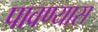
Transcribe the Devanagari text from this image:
पावण्यास